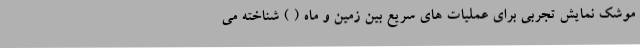
موشک نمایش تجربی برای عملیات های سریع بین زمین و ماه ( ) شناخته می